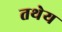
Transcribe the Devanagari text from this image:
तथेय